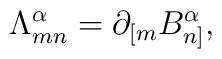
{\Lambda}^{\alpha}_{mn}=\partial_{[m}B^\alpha_{n]},